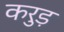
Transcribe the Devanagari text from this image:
करुड़